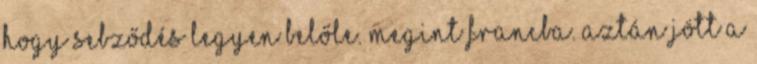
hogy sebződés legyen belőle. Megint francba. Aztán jött a